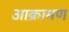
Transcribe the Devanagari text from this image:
आक्रामण